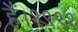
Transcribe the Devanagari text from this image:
हैं।१९९१